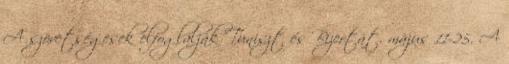
A szövetségesek elfoglalják Tuniszt és Bizertát. május 11-25. A